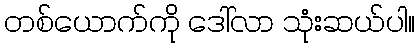
တစ်ယောက်ကို ဒေါ်လာ သုံးဆယ်ပါ။